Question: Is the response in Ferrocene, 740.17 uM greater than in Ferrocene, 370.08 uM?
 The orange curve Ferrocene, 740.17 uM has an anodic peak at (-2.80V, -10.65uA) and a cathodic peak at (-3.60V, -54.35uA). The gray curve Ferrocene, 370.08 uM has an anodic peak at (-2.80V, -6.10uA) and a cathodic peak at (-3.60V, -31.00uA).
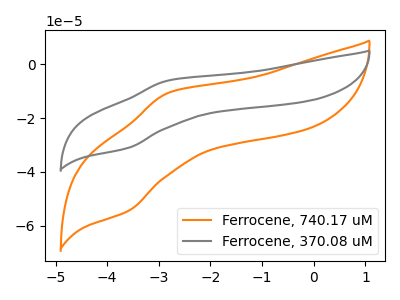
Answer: <think>All the peaks in "Ferrocene, 740.17 uM" have a peak in "Ferrocene, 370.08 uM" at the same potential.
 </think>
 <answer>I cant tell if "Ferrocene, 740.17 uM" or "Ferrocene, 370.08 uM" has more signal.</answer>
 <eval>mixed_signal</eval>